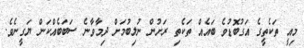
މިއީ ތަކެތީގެ އަގުބޮޑުވެ ބައެއް ތަކެތި ރަށުން ނުލިބުމަށް ދިމާވާނެ ސަބަބެއްކަން ޔަގީނެވެ.